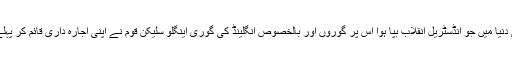
کیونکہ سائنس اور ٹیکنالوجی پر مبنی دنیا میں جو انڈسٹریل انقلاب بپا ہوا اس پر گوروں اور بالخصوص انگلینڈ کی گوری اینگلو سلیکن قوم نے اپنی اجارہ داری قائم کر پہلے تقریباً ساری دنیا کو اپنا غلام بنا لیا۔